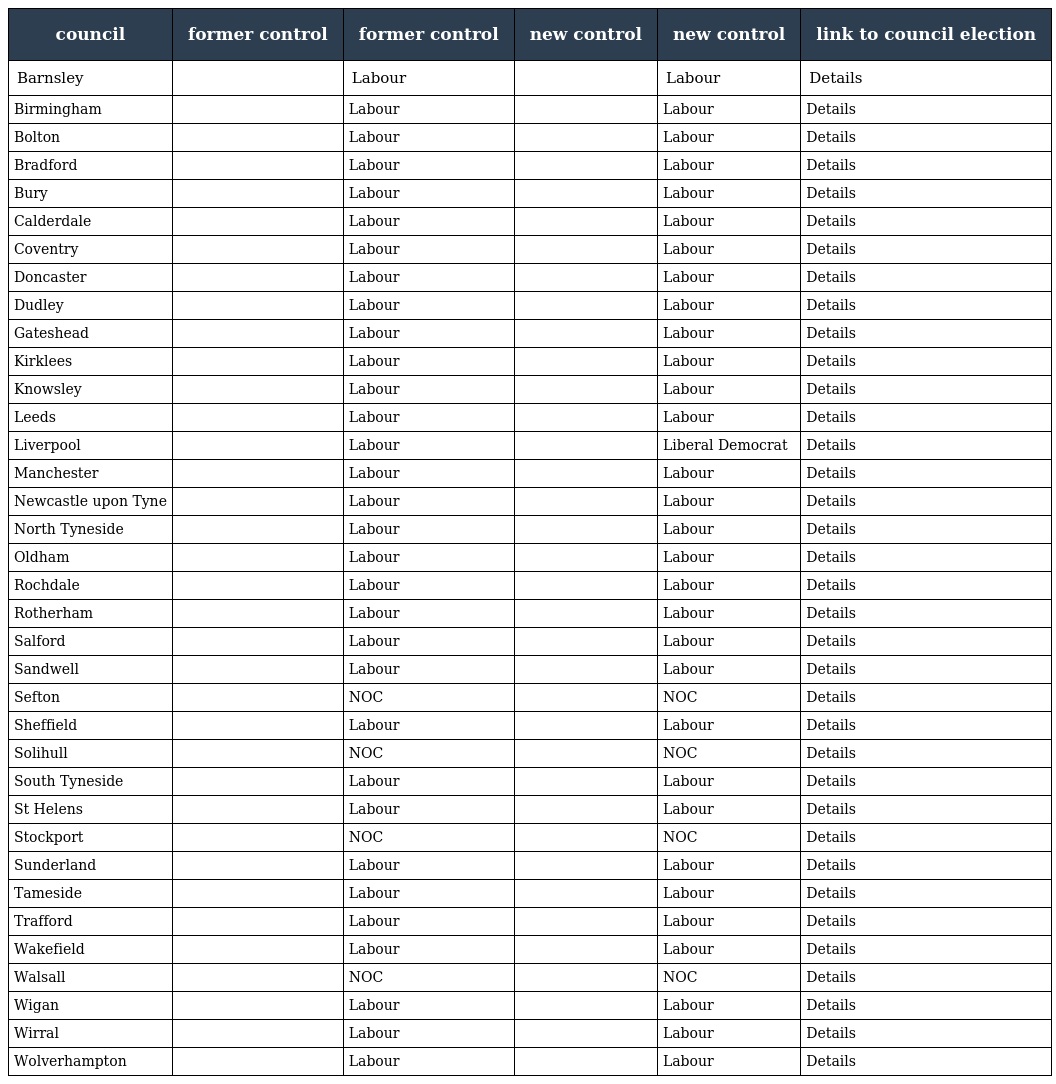
| council | former control | former control | new control | new control | link to council election |
 | --- | --- | --- | --- | --- | --- |
 | Barnsley |  | Labour |  | Labour | Details |
 | Birmingham |  | Labour |  | Labour | Details |
 | Bolton |  | Labour |  | Labour | Details |
 | Bradford |  | Labour |  | Labour | Details |
 | Bury |  | Labour |  | Labour | Details |
 | Calderdale |  | Labour |  | Labour | Details |
 | Coventry |  | Labour |  | Labour | Details |
 | Doncaster |  | Labour |  | Labour | Details |
 | Dudley |  | Labour |  | Labour | Details |
 | Gateshead |  | Labour |  | Labour | Details |
 | Kirklees |  | Labour |  | Labour | Details |
 | Knowsley |  | Labour |  | Labour | Details |
 | Leeds |  | Labour |  | Labour | Details |
 | Liverpool |  | Labour |  | Liberal Democrat | Details |
 | Manchester |  | Labour |  | Labour | Details |
 | Newcastle upon Tyne |  | Labour |  | Labour | Details |
 | North Tyneside |  | Labour |  | Labour | Details |
 | Oldham |  | Labour |  | Labour | Details |
 | Rochdale |  | Labour |  | Labour | Details |
 | Rotherham |  | Labour |  | Labour | Details |
 | Salford |  | Labour |  | Labour | Details |
 | Sandwell |  | Labour |  | Labour | Details |
 | Sefton |  | NOC |  | NOC | Details |
 | Sheffield |  | Labour |  | Labour | Details |
 | Solihull |  | NOC |  | NOC | Details |
 | South Tyneside |  | Labour |  | Labour | Details |
 | St Helens |  | Labour |  | Labour | Details |
 | Stockport |  | NOC |  | NOC | Details |
 | Sunderland |  | Labour |  | Labour | Details |
 | Tameside |  | Labour |  | Labour | Details |
 | Trafford |  | Labour |  | Labour | Details |
 | Wakefield |  | Labour |  | Labour | Details |
 | Walsall |  | NOC |  | NOC | Details |
 | Wigan |  | Labour |  | Labour | Details |
 | Wirral |  | Labour |  | Labour | Details |
 | Wolverhampton |  | Labour |  | Labour | Details |